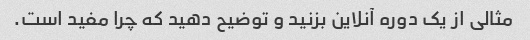
مثالی از یک دوره آنلاین بزنید و توضیح دهید که چرا مفید است.